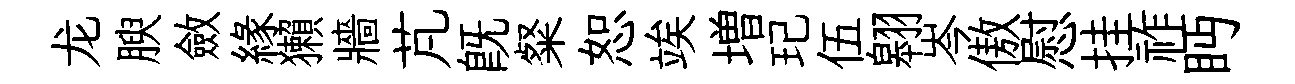
龙腴斂縁獺牆芃既粲恕竢増玘伍翱岑傲慰挂祚眄